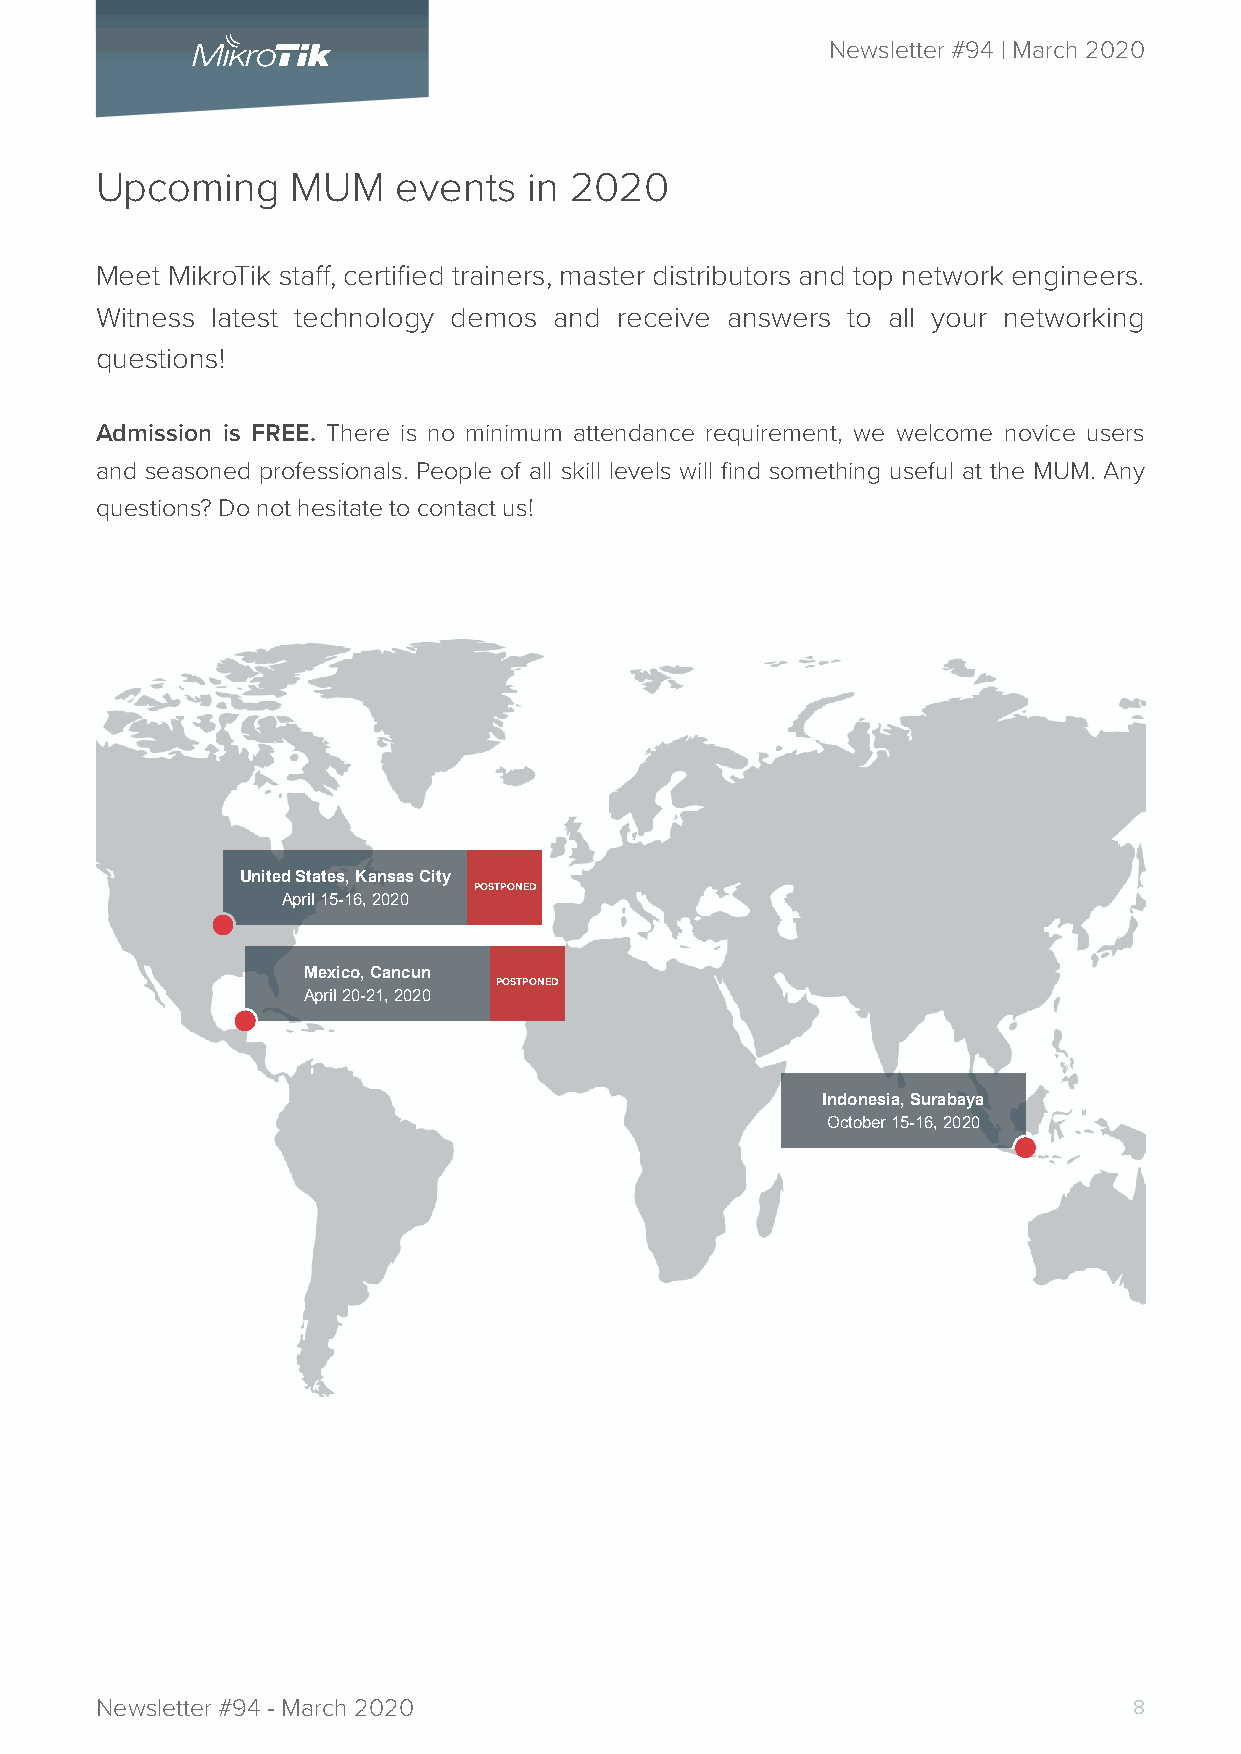
Newsletter #94 | March 2020
 Upcoming     MUM    events   in 2020
 Meet MikroTik staff, certified trainers, master distributors and top network engineers.
 Witness latest technology demos and receive answers to all your networking
 questions!
 Admission is FREE. There is no minimum attendance requirement, we welcome novice users
 and seasoned professionals. People of all skill levels will find something useful at the MUM. Any
 questions? Do not hesitate to contact us!
 United States, Kansas City
 POSTPONED
 April 15-16, 2020
 Mexico, Cancun
 POSTPONED
 April 20-21, 2020
 Indonesia, Surabaya
 October 15-16, 2020
 Newsletter #94 - March 2020                                          8